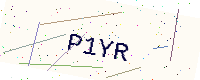
Text: P1YR